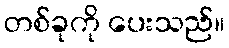
တစ်ခုကို ပေးသည်။